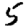
Digit: 5